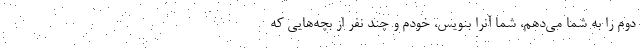
دوم را به شما می‌دهم، شما آنرا بنویس، خودم و چند نفر از بچه‌هایی که